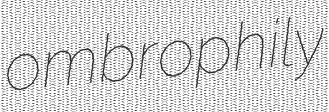
ombrophily